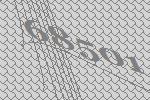
68501